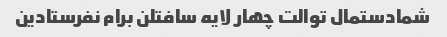
شمادستمال توالت چهار لایه سافتلن برام نفرستادین